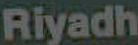
Riyadh